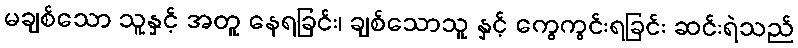
မချစ်သော သူနှင့် အတူ နေရခြင်း၊ ချစ်သောသူ နှင့် ကွေကွင်းရခြင်း ဆင်းရဲသည်